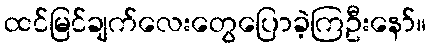
ထင်မြင်ချက်လေးတွေပြောခဲ့ကြဦးနော်။